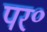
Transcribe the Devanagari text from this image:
पर॰